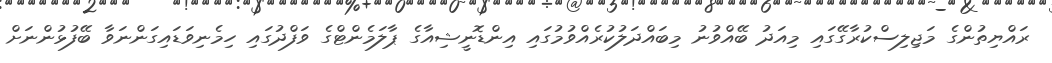
ރައްޔިތުންގެ މަޖިލިސްކުރާގޭގައި މިއަދު ބޭއްވުނު މިބައްދަލުކުރެއްވުމުގައި އިންޑޮނީޝިއާގެ ޕާލަމެންޓްގެ ވަފްދުގައި ހިމެނިވަޑައިގަންނަވާ ބޭފުޅުންނަށް